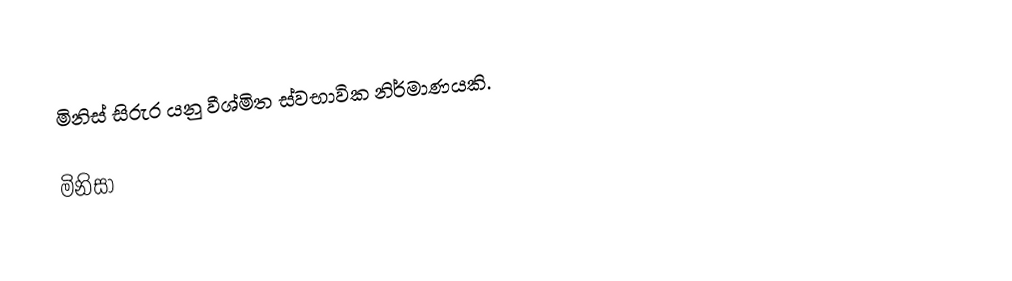
මිනිස් සිරුර යනු වීශ්මිත ස්වභාවික නිර්මාණයකි.

මිනිසා